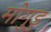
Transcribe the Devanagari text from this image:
मोगुडु